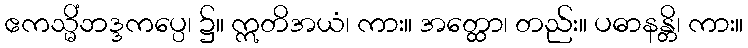
ဧကသ္မိံဘဒ္ဒကပ္ပေ၊ ၌။ ဣတိအယံ၊ ကား။ အတ္ထော၊ တည်း။ ပဓာနန္တိ၊ ကား။